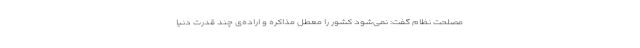
مصلحت نظام گفت: نمی‌شود کشور را معطل مذاکره و اراده‌ی چند قدرت دنیا